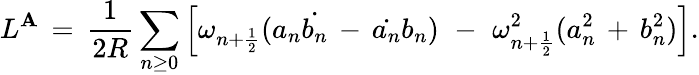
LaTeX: L^{\mathbf{A}}\, =\, \frac{{1}}{{2R}}\sum_{n\geq0}\left[\omega_{n+\frac{{1}}{{2}}}(a_{n}\dot{{b_{n}}}\, -\, \dot{{a_{n}}}b_{n})\, \, -\, \, \omega_{n+\frac{{1}}{{2}}}^{2}(a_{n}^{2}\, +\, b_{n}^{2})\right].